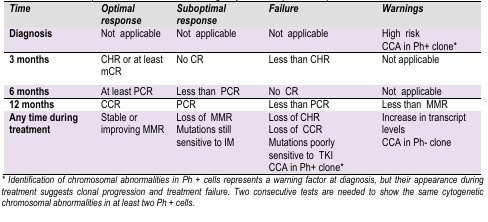
| Time | Optimal response | Suboptimal response | Failure | Warnings |
 | --- | --- | --- | --- | --- |
 | Diagnosis | Not applicable | Not applicable | Not applicable | High riskCCA in Ph+ clone* |
 | 3 months | CHR or at least mCR | No CR | Less than CHR | Not applicable |
 | 6 months | At least PCR | Less than PCR | No CR | Not applicable |
 | 12 months | CCR | PCR | Less than PCR | Less than MMR |
 | Any time during treatment | Stable or improving MMR | Loss of MMRMutations still sensitive to IM | Loss of CHRLoss of CCRMutations poorly sensitive to TKICCA in Ph+ clone* | Increase in transcript levelsCCA in Ph- clone |
 | * Identification of chromosomal abnormalities in Ph + cells represents a warning factor at diagnosis, but their appearance during treatment suggests clonal progression and treatment failure. Two consecutive tests are needed to show the same cytogenetic chromosomal abnormalities in at least two Ph + cells. |